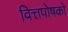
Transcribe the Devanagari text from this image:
वित्तपोषको